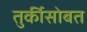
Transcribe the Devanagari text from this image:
तुर्कीसोबत